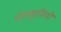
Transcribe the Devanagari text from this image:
गोलकृमियों